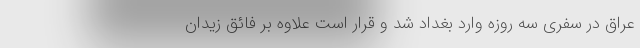
عراق در سفری سه روزه وارد بغداد شد و قرار است علاوه بر فائق زیدان